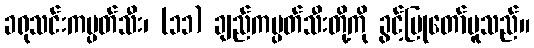
ခရုသင်းကမ္ပတ်သီး၊ (၁၁) ချည်ကမ္ပတ်သီးတို့ကို ခွင့်ပြုတော်မူသည်။